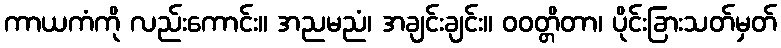
ကာယကံကို လည်းကောင်း။ အညမညံ၊ အချင်းချင်း။ ဝဝတ္တိတာ၊ ပိုင်းခြားသတ်မှတ်